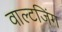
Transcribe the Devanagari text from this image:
वाल्टजिंग